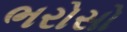
ભરોસો